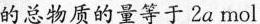
的总物质的量等于2a mol